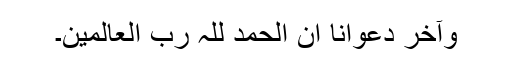
وآخر دعوانا ان الحمد للّٰہ رب العالمین۔